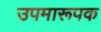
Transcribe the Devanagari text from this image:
उपमारूपक